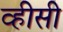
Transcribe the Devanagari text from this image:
व्हीसी